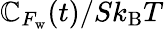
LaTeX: \mathbb{C}_{F_{\mathrm{{w}}}}(t)/Sk_{\mathrm{{B}}}T